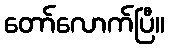
တော်လောက်ပြီ။